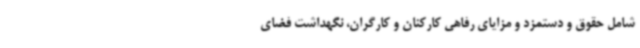
شامل حقوق و دستمزد و مزایای رفاهی کارکنان و کارگران، نگهداشت فضای